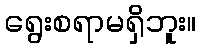
ရွေးစရာမရှိဘူး။